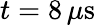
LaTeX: t=8\, \mu\mathrm{s}